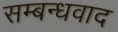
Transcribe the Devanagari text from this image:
सम्बन्धवाद